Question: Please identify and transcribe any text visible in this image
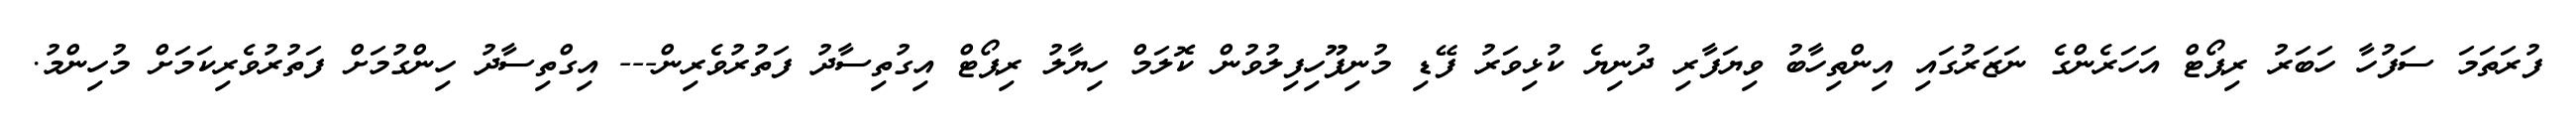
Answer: ފުރަތަމަ ސަފުހާ ހަބަރު ރިޕޯޓް އަހަރެންގެ ނަޒަރުގައި އިންތިހާބު ވިޔަފާރި ދުނިޔެ ކުޅިވަރު ފޭޑި މުނިފޫހިފިލުވުން ކޮލަމް ހިޔާލު ރިޕޯޓް އިގުތިސާދު ފަތުރުވެރިން--- އިގްތިސާދު ހިންގުމަށް ފަތުރުވެރިކަމަށް މުހިންމު.